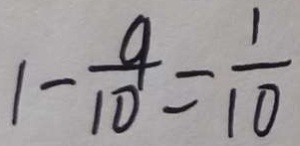
1 - \frac { 9 } { 1 0 } = \frac { 1 } { 1 0 }